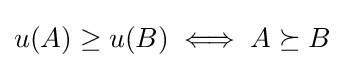
u(A)\geq u(B)\iff A\succeq B